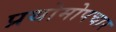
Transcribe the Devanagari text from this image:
प्रथोमोपचार